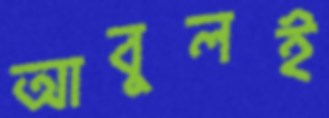
আবুলই